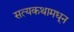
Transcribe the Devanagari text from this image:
सत्यकथामधून